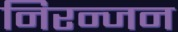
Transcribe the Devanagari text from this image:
निरन्जन